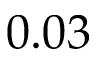
0 . 0 3